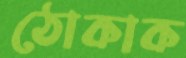
ঠোকাক